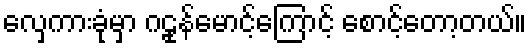
လှေကားခုံမှာ ဂဠုန်မောင့်ကြောင့် စောင့်တော့တယ်။